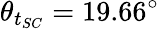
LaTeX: \theta_{t_{SC}}=19.66^{\circ}